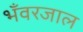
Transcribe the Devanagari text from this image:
भँवरजाल